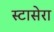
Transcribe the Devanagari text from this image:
स्टासेरा